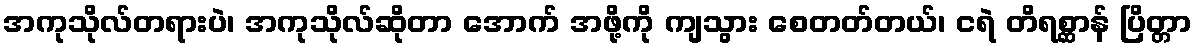
အကုသိုလ်တရားပဲ၊ အကုသိုလ်ဆိုတာ အောက် အဖို့ကို ကျသွား စေတတ်တယ်၊ ငရဲ တိရစ္ဆာန် ပြိတ္တာ